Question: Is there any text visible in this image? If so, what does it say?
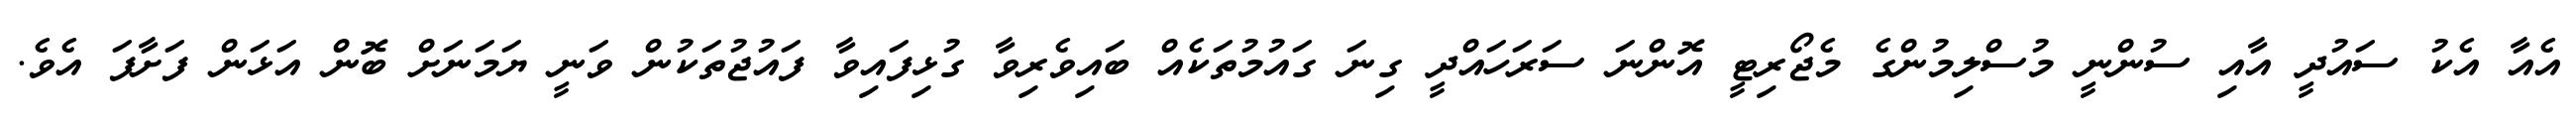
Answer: އެއާ އެކު ސައުދީ އާއި ސުންނީ މުސްލިމުންގެ މެޖޯރިޓީ އޮންނަ ސަރަހައްދީ ގިނަ ގައުމުތަކެއް ބައިވެރިވާ ގުޅިފައިވާ ފައުޖުތަކުން ވަނީ ޔަމަނަށް ބޮން އަޅަން ފަށާފަ އެވެ.